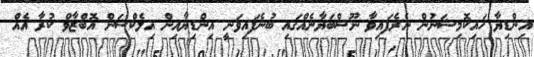
އިންޑިޔާ ހައިކޮމިޝަނުން ނެރެފައިވާ ނޫސްބަޔާނެއްގައި ބުނެފައިވަނީ އިންޑިޔާއިން އިލެކްޝަން އޮބްޒާވް ކުރާ އެއް